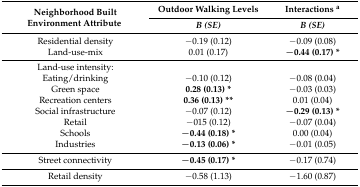
| <ROWSPAN=2> Neighborhood Built Environment Attribute | Outdoor Walking Levels | Interactions a |
 | B (SE) | B (SE) |
 | --- | --- | --- |
 | Residential density | −0.19 (0.12) | −0.09 (0.08) |
 | Land-use-mix | 0.01 (0.17) | −0.44 (0.17) * |
 | Land-use intensity: |  |  |
 | Eating/drinking | −0.10 (0.12) | −0.08 (0.04) |
 | Green space | 0.28 (0.13) * | −0.03 (0.03) |
 | Recreation centers | 0.36 (0.13) ** | 0.01 (0.04) |
 | Social infrastructure | −0.07 (0.12) | −0.29 (0.13) * |
 | Retail | −015 (0.12) | −0.07 (0.04) |
 | Schools | −0.44 (0.18) * | 0.00 (0.04) |
 | Industries | −0.13 (0.06) * | −0.01 (0.05) |
 | Street connectivity | −0.45 (0.17) * | −0.17 (0.74) |
 | Retail density | −0.58 (1.13) | −1.60 (0.87) |